Report on lock hospitals in British Burma
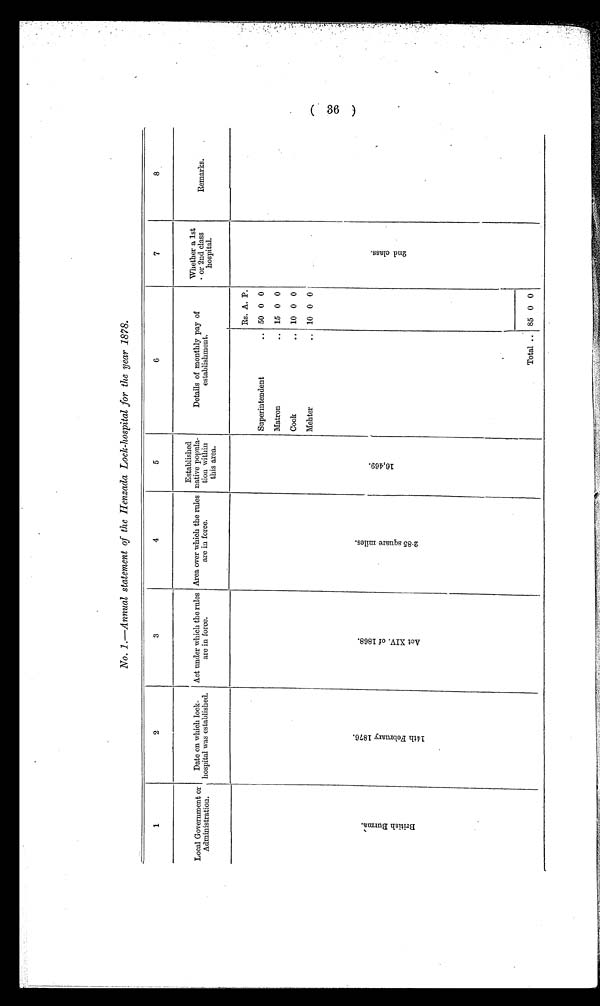
No. 1.—Annual statement of the Henzada Lock-hospital for the year 1878.
1
2
3
4
5
6
7
8
Local Government or
Administration.
Date on which lock-
hospital was established.
Act under which the rules
are in force.
Area over which the rules
are in force.
Established
native popula-
tion within
this area.
Details of monthly pay of
establishment.
Whether a 1st
or 2nd class
hospital.
Remarks.
B r i t i s h B u r m a .
1 4 t h F e b r u a r y 1 8 7 6 .
A c t X I V . o f 1 8 6 8 .
2 . 8 5 s q u a r e m i l e s .
1 6 , 4 6 9
.
Rs. A. P.
2 n d c l a s s .
Superintendent
.. 50 0 0
Matron
.. 15 0 0
Cook
.. 10
0
0
Mehter
.. 10 0 0
Total .. 85 0 0
36